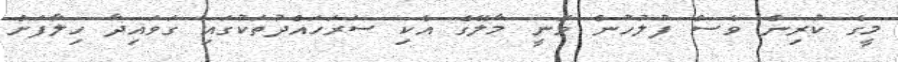
މީގެ ކުރިން ވެސް ފުލުހުން ވަނީ މާލޭގެ އެކި ސަރަހައްދުތަކުގައި ގަވައިދާ ހިލާފަށް